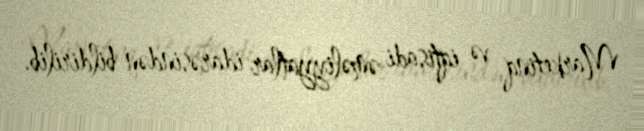
Marketinq və iqtisadi əməliyyatlar idarəsindən bildirilib.